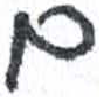
אות: ם